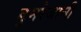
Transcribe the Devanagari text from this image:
डुमरेजानी